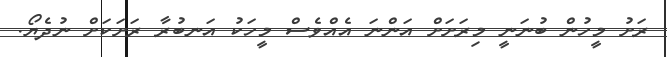
ރަށު މީހުން ބުނަނީ މިރަށަށް އަންނަ އެއްވެސް މީހަކު އަނބުރާ ރަށަކަށް ނުދެޔޯ.